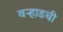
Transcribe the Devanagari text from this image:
वऱ्हाडची